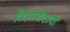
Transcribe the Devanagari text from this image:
विदयापीठाची